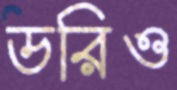
ডরিও